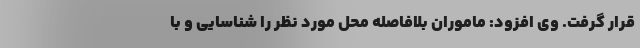
قرار گرفت. وی افزود: ماموران بلافاصله محل مورد نظر را شناسایی و با